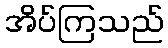
အိပ်ကြသည်